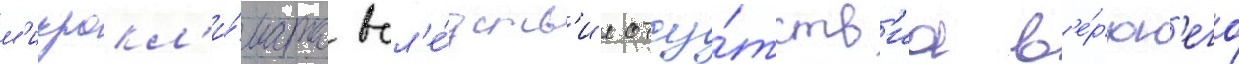
м'икрокл'и́мата всл'е́дств'ие отсу́тств'иа в'е́рхн'его